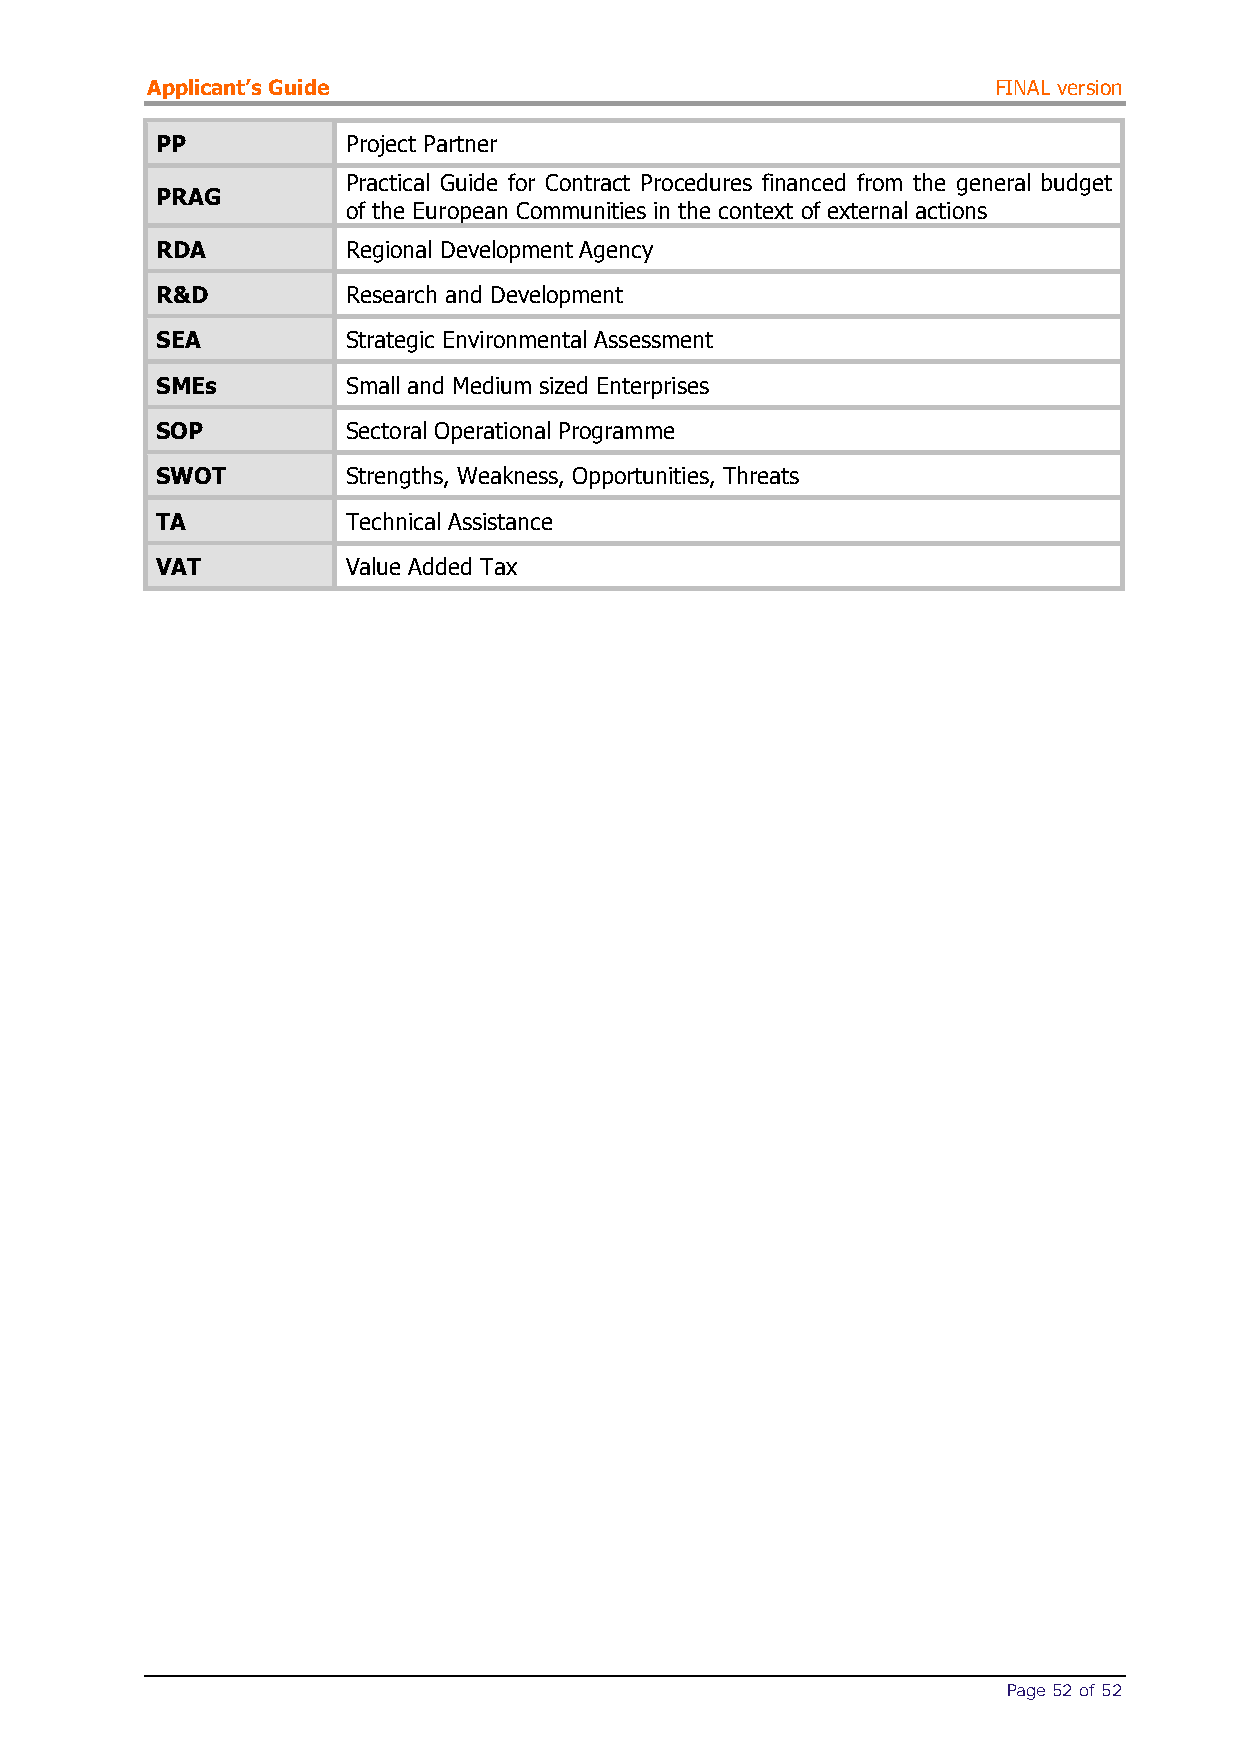
Applicant’s Guide                                       FINAL version
 PP           Project Partner
 Practical Guide for Contract Procedures financed from the general budget
 PRAG
 of the European Communities in the context of external actions
 RDA          Regional Development Agency
 R&D          Research and Development
 SEA          Strategic Environmental Assessment
 SMEs         Small and Medium sized Enterprises
 SOP          Sectoral Operational Programme
 SWOT         Strengths, Weakness, Opportunities, Threats
 TA           Technical Assistance
 VAT          Value Added Tax
 Page 52 of 52